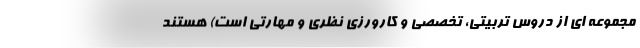
مجموعه ای از دروس تربیتی، تخصصی و کارورزی نظری و مهارتی است) هستند